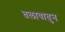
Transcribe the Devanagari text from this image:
तलावातुन